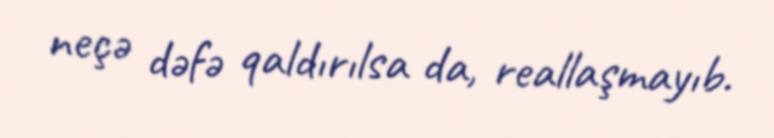
neçə dəfə qaldırılsa da, reallaşmayıb.